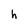
Character: h